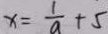
x = \frac { 1 } { a } + 5